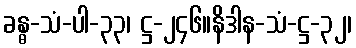
ခန္ဓ-သံ-ပါ-၃၃၊ ဋ္ဌ-၂၄၆။နိဒါန-သံ-ဋ္ဌ-၃၂၊